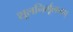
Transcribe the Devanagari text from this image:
शूलनिर्मूलनम्